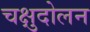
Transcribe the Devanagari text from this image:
चक्षुदोलन